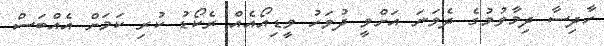
ހާދިސާ ދިމާވުމުގެ ދެވަނަ އަށްވީ ދުވަހު ވީޑިއޯއެއް ރެކޯޑު ކުރި ކަމަށް އެއްބަސް